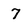
Character: 7